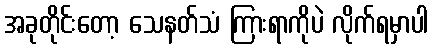
အခုတိုင်းတော့ သေနတ်သံ ကြားရာကိုပဲ လိုက်ရမှာပါ